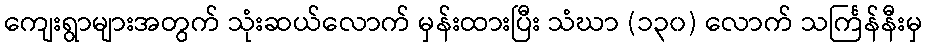
ကျေးရွာများအတွက် သုံးဆယ်လောက် မှန်းထားပြီး သံဃာ (၁၃၀) လောက် သင်္ကြန်နီးမှ